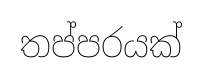
තප්පරයක්